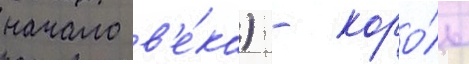
начало в'е́ка) - коро́ль